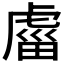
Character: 𧇄